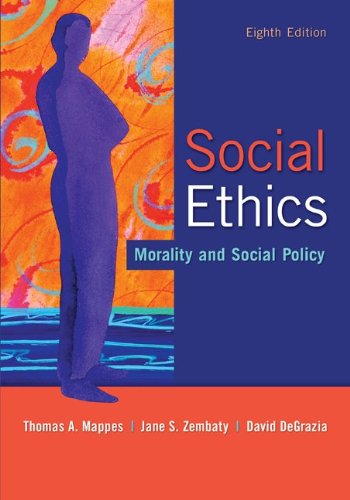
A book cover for Social Ethics: Morality and Social Policy; Thomas Mappes; Politics & Social Sciences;